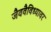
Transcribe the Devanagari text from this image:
जैववैविध्यावर